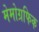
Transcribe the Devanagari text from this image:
मेमोग्रफिक